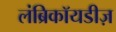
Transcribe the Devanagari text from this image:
लंब्रिकॉयडीज़